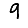
Digit: 9